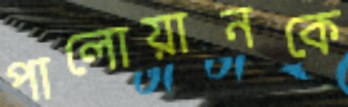
পালোয়ানকে